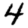
Digit: 4